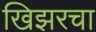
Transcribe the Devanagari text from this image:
खिझरचा